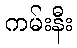
ကမ်းနီး